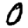
Digit: 0